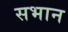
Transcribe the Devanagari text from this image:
सभान